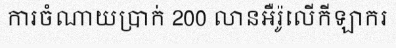
ការចំណាយប្រាក់ 200 លានអឺរ៉ូលើកីឡាករ